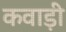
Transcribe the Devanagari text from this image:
कवाड़ी